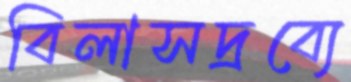
বিলাসদ্রব্যে